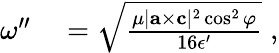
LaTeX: \begin{array}{rl}{\omega^{\prime\prime}}&{{}=\sqrt{\frac{\mu|{\mathbf{a}}\times{\mathbf{c}}|^{2}\cos^{2}\varphi}{16\epsilon^{\prime}}}\; ,}\end{array}